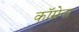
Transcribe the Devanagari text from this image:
कॉम्नेना